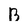
Character: B